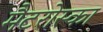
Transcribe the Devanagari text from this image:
मैटरोस्का